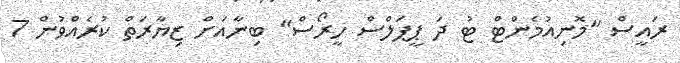
ރައީސް "މޮނިއުމެންޓް ޓު ދަ ޕީޕަލްސް ހީރޯސް" ބިނާއަށް ޒިޔާރަތް ކުރެއްވުން 7